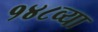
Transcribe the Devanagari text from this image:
१४८व्या